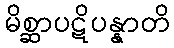
မိစ္ဆာပဋိပန္နာတိ